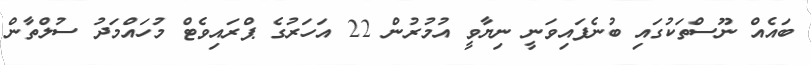
ބައެއް ނޫސްތަކުގައި ބުނެފައިވަނީ ނިޔާވީ އުމުރުން 22 އަހަރުގެ ޕްރައިވެޓް މުހައްމަދު ސުލްތާން